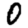
Digit: 0